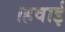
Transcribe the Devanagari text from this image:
।हवाई